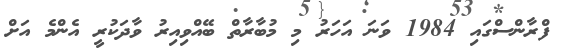
ފްރާންސްގައި 1984 ވަނަ އަހަރު މި މުބާރާތް ބޭއްވިއިރު ވާދަކުރީ އެންމެ އަށް